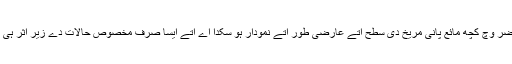
دور حاضر وچ کچھ مائع پانی مریخ دی سطح اُتے عارضی طور اُتے نمودار ہو سکدا اے اُتے ایسا صرف مخصوص حالات دے زیر اثر ہی ہُندا ا‏‏ے۔